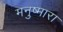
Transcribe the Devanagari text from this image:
मनुष्मारा